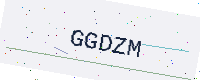
Text: GGDZM